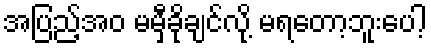
အပြည့်အဝ မမှီခိုချင်လို့ မရတော့ဘူးပေါ့